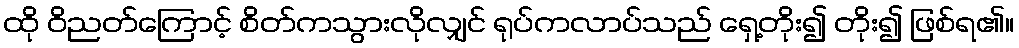
ထို ဝိညတ်ကြောင့် စိတ်ကသွားလိုလျှင် ရုပ်ကလာပ်သည် ရှေ့တိုး၍ တိုး၍ ဖြစ်ရ၏။